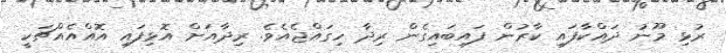
ރުޅި މޫނު ދައްކާފައި ކާރުން ފައިބައިގެން ރިދާ ހިގައްޖެއެވެ. ރިދާއަށް އޮޅިފައި އޮއްއެއްޗަކީ